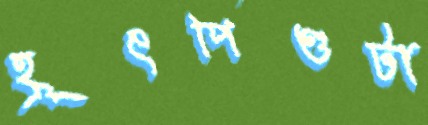
হূৎপিণ্ডটা